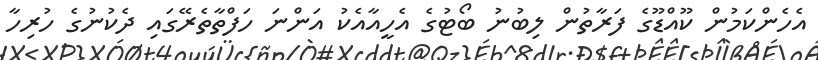
އެހެންކަމުން ކޫއްޑޫގެ ފަރާތުން ލިބުނު ބޯޓުގެ އެހީއާއެކު އަންނަ ހަފްތާތެރޭގައި ދެކުނުގެ ހުރިހާ